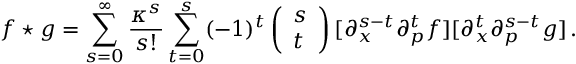
f \star g = \sum _ { s = 0 } ^ { \infty } \frac { \kappa ^ { s } } { s ! } \sum _ { t = 0 } ^ { s } ( - 1 ) ^ { t } \left( \begin{array} { l } { { s } } \\ { { t } } \end{array} \right) [ \partial _ { x } ^ { s - t } \partial _ { p } ^ { t } f ] [ \partial _ { x } ^ { t } \partial _ { p } ^ { s - t } g ] \, .